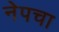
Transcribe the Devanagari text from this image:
नेपचा